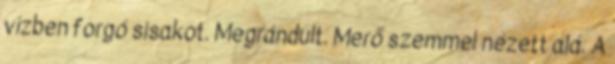
vízben forgó sisakot. Megrándult. Merő szemmel nézett alá. A